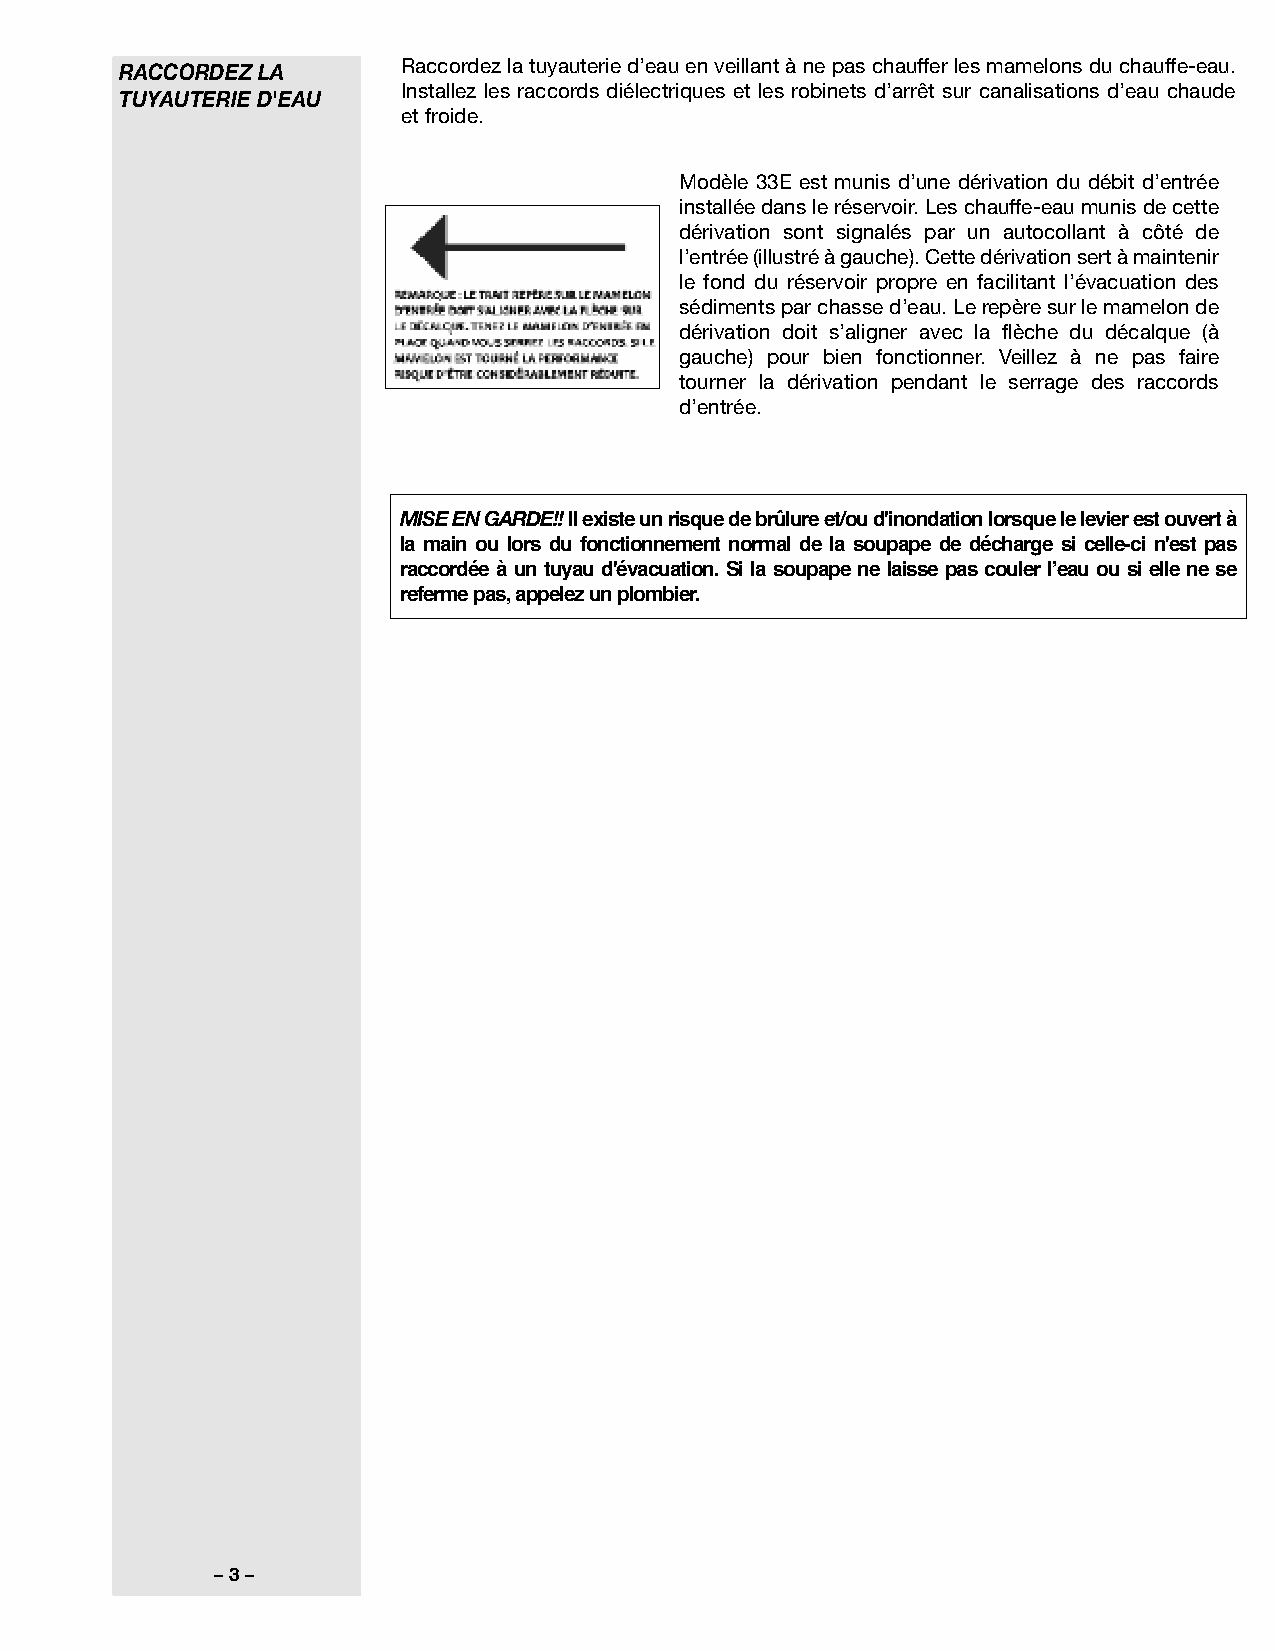
RACCORDEZ LA       Raccordez la tuyauterie d’eau en veillant à ne pas chauffer les mamelons du chauffe-eau.
 Installez les raccords diélectriques et les robinets d’arrêt sur canalisations d’eau chaude
 TUYAUTERIE D'EAU
 et froide.
 Modèle 33E est munis d’une dérivation du débit d’entrée
 installée dans le réservoir. Les chauffe-eau munis de cette
 dérivation sont signalés par un autocollant à côté de
 l’entrée (illustré à gauche). Cette dérivation sert à maintenir
 le fond du réservoir propre en facilitant l’évacuation des
 sédiments par chasse d’eau. Le repère sur le mamelon de
 dérivation doit s’aligner avec la flèche du décalque (à
 gauche) pour bien fonctionner. Veillez à ne pas faire
 tourner la dérivation pendant le serrage des raccords
 d’entrée.
 MISE EN GARDE!!
 Il existe un risque de brûlure et/ou d'inondation lorsque le levier est ouvert à
 la main ou lors du fonctionnement normal de la soupape de décharge si celle-ci n'est pas
 raccordée à un tuyau d'évacuation. Si la soupape ne laisse pas couler l’eau ou si elle ne se
 referme pas, appelez un plombier.
 – 3 –